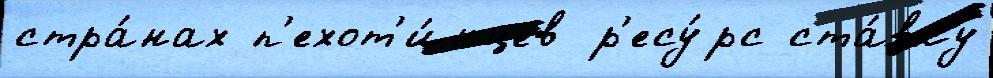
стра́нах п'ехот'и́нцев р'есу́рс ста́вку